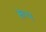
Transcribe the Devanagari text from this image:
रूप्‍ा